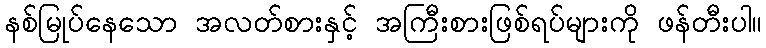
နစ်မြုပ်နေသော အလတ်စားနှင့် အကြီးစားဖြစ်ရပ်များကို ဖန်တီးပါ။